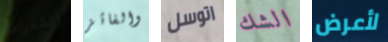
الشفرات والفائز اتوسل الشك لأعرض